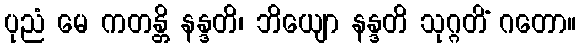
ပုညံ မေ ကတန္တိ နန္ဒတိ၊ ဘိယျော နန္ဒတိ သုဂ္ဂတိံ ဂတော။